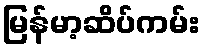
မြန်မာ့ဆိပ်ကမ်း